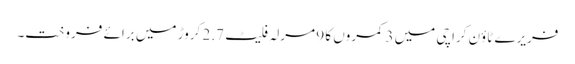
فریرے ٹاؤن کراچی میں 3 کمروں کا 9 مرلہ فلیٹ 2.7 کروڑ میں برائے فروخت۔